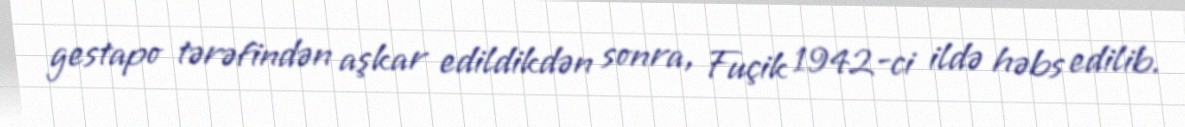
gestapo tərəfindən aşkar edildikdən sonra, Fuçik 1942-ci ildə həbs edilib.